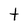
Character: t